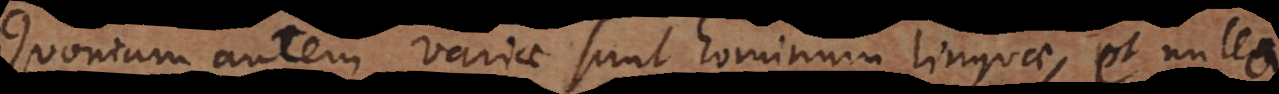
Quoniam autem variae sunt hominum linguae, et nulla